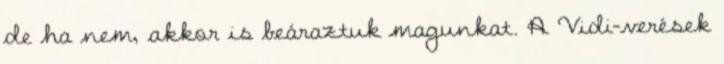
de ha nem, akkor is beáraztuk magunkat. A Vidi-verések